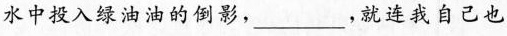
水中投入绿油油的倒影，___，就连我自己也